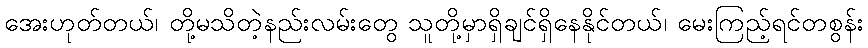
အေးဟုတ်တယ်၊ တို့မသိတဲ့နည်းလမ်းတွေ သူတို့မှာရှိချင်ရှိနေနိုင်တယ်၊ မေးကြည့်ရင်တစွန်း